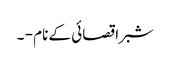
شبرا قصائی کے نام - ۔